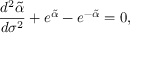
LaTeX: \frac { d ^ { 2 } \tilde { \alpha } } { d \sigma ^ { 2 } } + e ^ { \tilde { \alpha } } - e ^ { - \tilde { \alpha } } = 0 ,